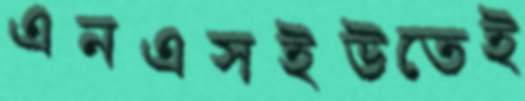
এনএসইউতেই